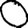
Digit: 0